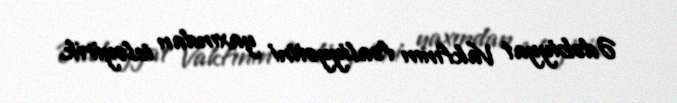
Ədəbiyyat Vakfının fəaliyyətini yaxından izləyirik.